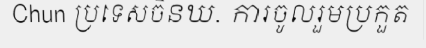
Chun ប្រទេសចិនឃ. ការចូលរួមប្រកួត